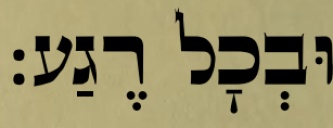
וּבְכׇל רֶגַע: